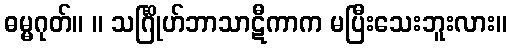
ဓမ္မဂုတ်။ ။ သင်္ဂြိုဟ်ဘာသာဋီကာက မပြီးသေးဘူးလား။